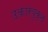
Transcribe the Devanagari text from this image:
उकारयुक्त